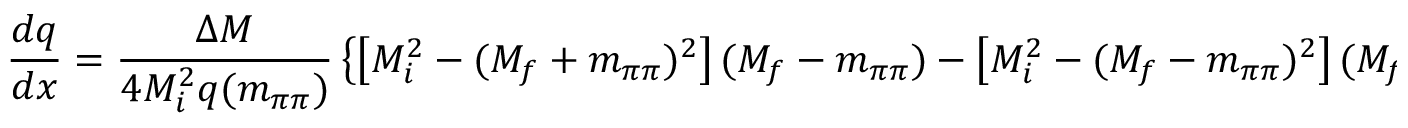
\frac { d q } { d x } = \frac { \Delta M } { 4 M _ { i } ^ { 2 } q ( m _ { \pi \pi } ) } \left\{ \left[ M _ { i } ^ { 2 } - ( M _ { f } + m _ { \pi \pi } ) ^ { 2 } \right] ( M _ { f } - m _ { \pi \pi } ) - \left[ M _ { i } ^ { 2 } - ( M _ { f } - m _ { \pi \pi } ) ^ { 2 } \right] ( M _ { f } + m _ { \pi \pi } ) \right\} .